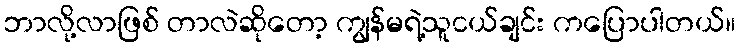
ဘာလို့လာဖြစ် တာလဲဆိုတော့ ကျွန်မရဲ့သူငယ်ချင်း ကပြောပါတယ်။